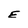
Character: E